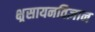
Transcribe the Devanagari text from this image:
क्ष्रसायनविज्ञान